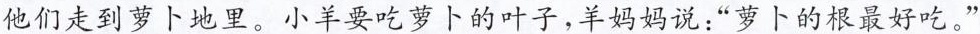
他们走到萝卜地里。小羊要吃萝卜的叶子，羊妈妈说：”萝卜的根最好吃。”